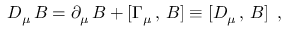
D _ { \mu } \, B = \partial _ { \mu } \, B + [ \Gamma _ { \mu } \, , \, B ] \equiv [ D _ { \mu } \, , \, B ] \, \, \, ,